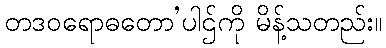
တဒဝရောဓတော’ပါဌ်ကို မိန့်သတည်း။